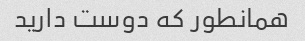
همانطور که دوست دارید